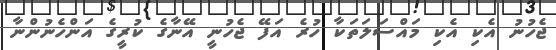
ޖެހުނު އެކި އެކި މައްސަލަތަކާ ހުރެ އަފޭ ޖެހުނީ އޭނާގެ ކުރީގެ އަންހެނުންނާ